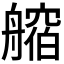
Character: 𦪥